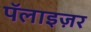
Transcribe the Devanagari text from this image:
पॅलाइज़र